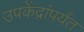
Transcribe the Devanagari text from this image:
उपकेंद्रांपर्यंत